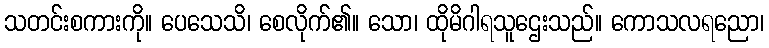
သတင်းစကားကို။ ပေသေသိ၊ စေလိုက်၏။ သော၊ ထိုမိဂါရသူဌေးသည်။ ကောသလရညော၊